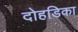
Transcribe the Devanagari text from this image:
दोहडिका